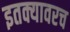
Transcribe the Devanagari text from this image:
इतक्यावरच